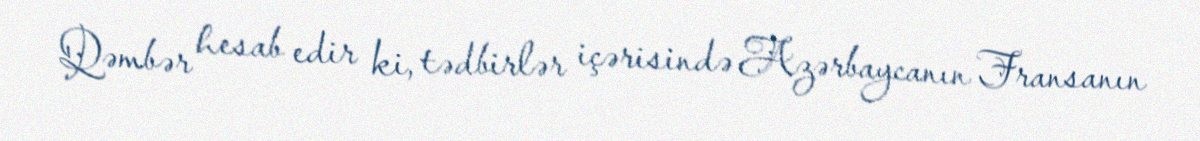
Qəmbər hesab edir ki, tədbirlər içərisində Azərbaycanın Fransanın